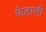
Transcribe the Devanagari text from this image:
फेतासी